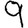
Digit: 9